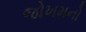
જોખમનો